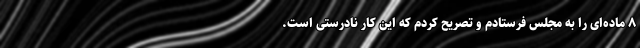
۸ ماده‌ای را به مجلس فرستادم و تصریح کردم که این کارِ نادرستی است.